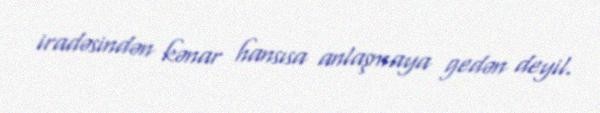
iradəsindən kənar hansısa anlaşmaya gedən deyil.